Annual report on the Civil Veterinary Department, Burma (including the Insein Veterinary School) - 1910-1922
Year: 1910
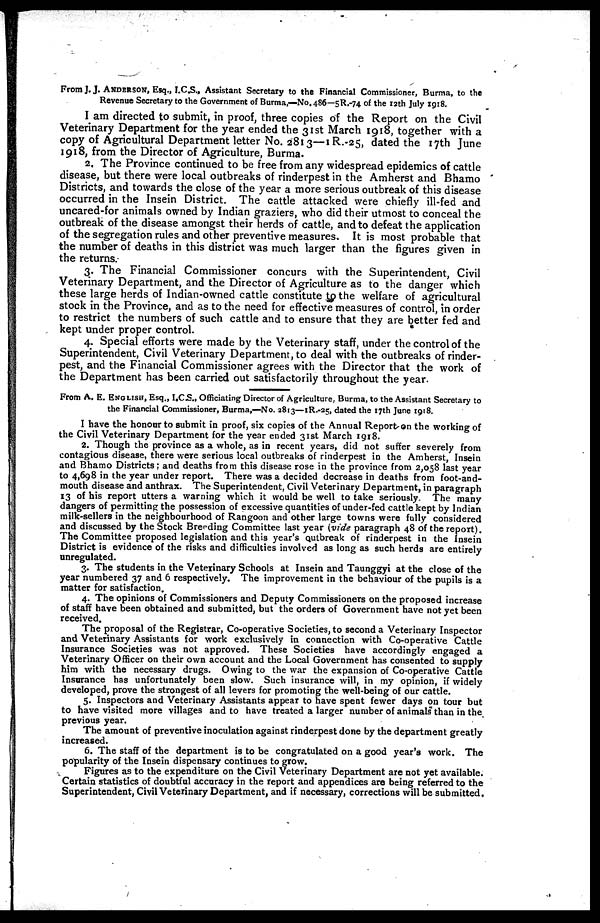
From J.J. ANDERSON, Esq., I.C.S., Assistant Secretary to the Financial Commissioner, Burma, to the
Revenue Secretary to the Government of Burma,—No. 486—5R.-74 of the 12th July 1918.
I am directed to submit, in proof, three copies of the Report on the Civil
Veterinary Department for the year ended the 31st March 1918, together with a
copy of Agricultural Department letter No. 2813—1 R.-25, dated the 17th June
1918, from the Director of Agriculture, Burma.
2. The Province continued to be free from any widespread epidemics of cattle
disease, but there were local outbreaks of rinderpest in the Amherst and Bhamo
Districts, and towards the close of the year a more serious outbreak of this disease
occurred in the Insein District. The cattle attacked were chiefly ill-fed and
uncared-for animals owned by Indian graziers, who did their utmost to conceal the
outbreak of the disease amongst their herds of cattle, and to defeat the application
of the segregation rules and other preventive measures. It is most probable that
the number of deaths in this district was much larger than the figures given in
the returns.
3. The Financial Commissioner concurs with the Superintendent, Civil
Veterinary Department, and the Director of Agriculture as to the danger which
these large herds of Indian-owned cattle constitute to the welfare of agricultural
stock in the Province, and as to the need for effective measures of control, in order
to restrict the numbers of such cattle and to ensure that they are better fed and
kept under proper control.
4. Special efforts were made by the Veterinary staff, under the control of the
Superintendent, Civil Veterinary Department, to deal with the outbreaks of rinder-
pest, and the Financial Commissioner agrees with the Director that the work of
the Department has been carried out satisfactorily throughout the year.
From A. E. ENGLISH, Esq., I.C.S., Officiating Director of Agriculture, Burma, to the Assistant Secretary to
the Financial Commissioner, Burma,—No. 2813—1R.-25, dated the 17th June 1918.
I have the honour to submit in proof, six copies of the Annual Report on the working of
the Civil Veterinary Department for the year ended 31st March 1918.
2. Though the province as a whole, as in recent years, did not suffer severely from
contagious disease, there were serious local outbreaks of rinderpest in the Amherst, Insein
and Bhamo Districts; and deaths from this disease rose in the province from 2,058 last year
to 4,698 in the year under report. There was a decided decrease in deaths from foot-and-
mouth disease and anthrax. The Superintendent, Civil Veterinary Department, in paragraph
13 of his report utters a warning which it would be well to take seriously. The many
dangers of permitting the possession of excessive quantities of under-fed cattle kept by Indian
milk-sellers in the neighbourhood of Rangoon and other large towns were fully considered
and discussed by the Stock Breeding Committee last year (vide paragraph 48 of the report).
The Committee proposed legislation and this year's Qulbreak of rinderpest in the Insein
District is evidence of the risks and difficulties involved as long as such herds are entirely
unregulated.
3. The students in the Veterinary Schools at Insein and Taunggyi at the close of the
year numbered 37 and 6 respectively. The improvement in the behaviour of the pupils is a
matter for satisfaction.
4. The opinions of Commissioners and Deputy Commissioners on the proposed increase
of staff have been obtained and submitted, but the orders of Government have not yet been
received.
The proposal of the Registrar, Co-operative Societies, to second a Veterinary Inspector
and Veterinary Assistants for work exclusively in connection with Co-operative Cattle
Insurance Societies was not approved. These Societies have accordingly engaged a
Veterinary Officer on their own account and the Local Government has consented to supply
him with the necessary drugs. Owing to the war the expansion of Co-operative Cattle
Insurance has unfortunately been slow. Such insurance will, in my opinion, if widely
developed, prove the strongest of all levers for promoting the well-being of our cattle.
5. Inspectors and Veterinary Assistants appear to have spent fewer days on tour but
to have visited more villages and to have treated a larger number of animals than in the
previous year.
The amount of preventive inoculation against rinderpest done by the department greatly
increased.
6. The staff of the department is to be congratulated on a good year's work. The
popularity of the Insein dispensary continues to grow.
Figures as to the expenditure on the Civil Veterinary Department are not yet available.
Certain statistics of doubtful accuracy in the report and appendices are being referred to the
Superintendent, Civil Veterinary Department, and if necessary, corrections will be submitted.